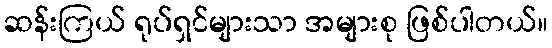
ဆန်းကြယ် ရုပ်ရှင်များသာ အများစု ဖြစ်ပါတယ်။